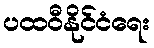
ပထဝီနိုင်ငံရေး